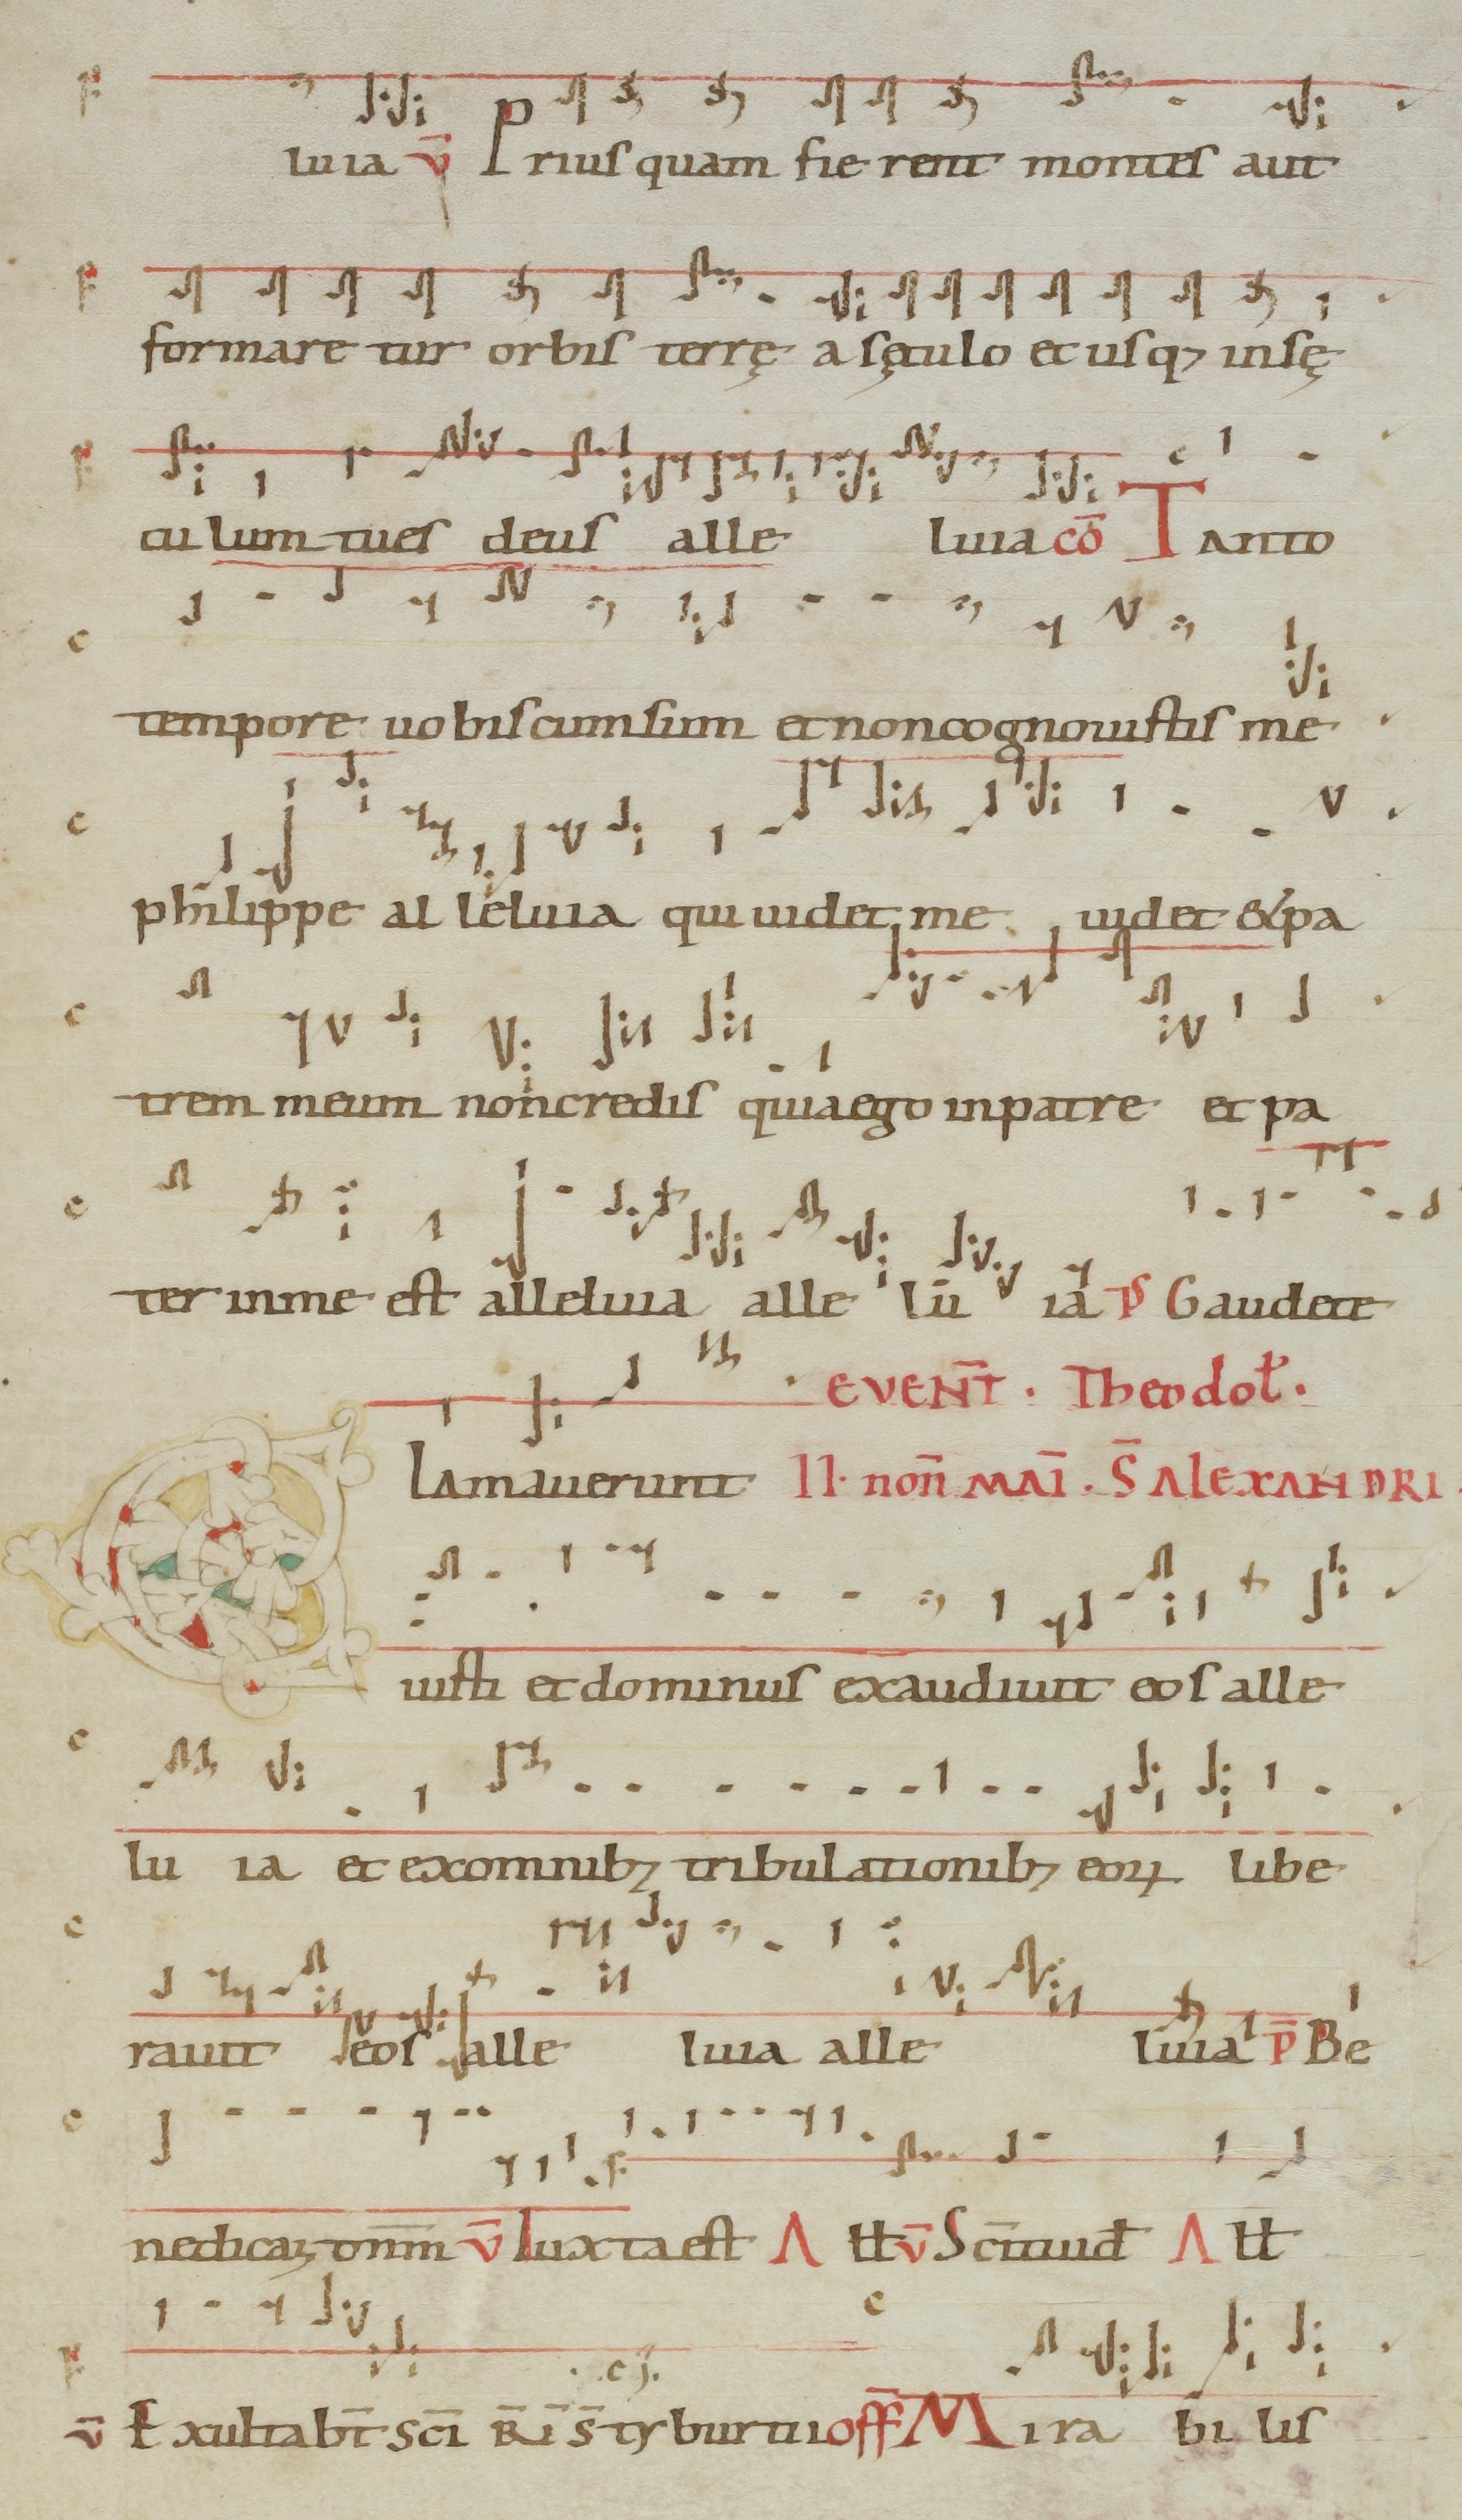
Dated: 1071–1071